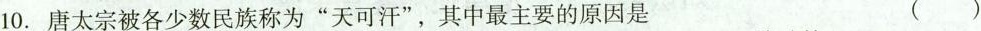
10.唐太宗被各少数民族称为”天可汗”，其中最主要的原因是 ()